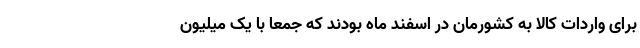
برای واردات کالا به کشورمان در اسفند ماه بودند که جمعا با یک میلیون